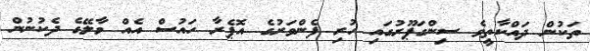
ތަކުން ދައްކާތީވެ ސިންގަޕޫރުގައި ހުރި ފެންވަރުގެ އޮޕެރާ ހައުސް އެއް މާލޭގެ ދެކުނުން